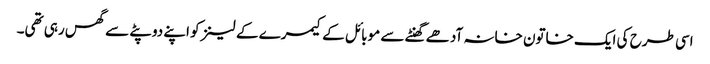
اسی طرح کی ایک خاتون خانہ آدھے گھنٹے سے موبائل کے کیمرے کے لینز کو اپنے دوپٹے سے گھس رہی تھی۔